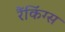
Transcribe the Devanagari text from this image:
रैंकिंग्स